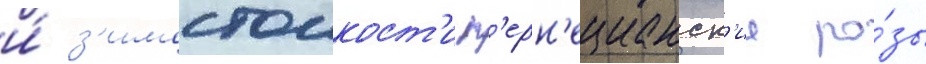
и́ з'имостоикост'и п'ерн'ецианск'ие ро́зы